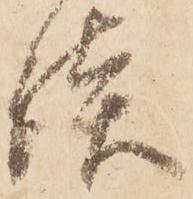
談